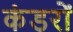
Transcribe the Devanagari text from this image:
कंडरों